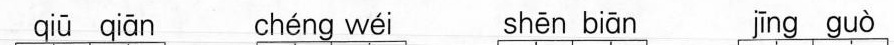
qiū qiān chéng wéi shēn biān jīng guò